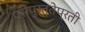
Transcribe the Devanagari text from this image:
परीपुर्ततेप्रती